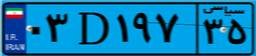
۴۲D۰۸۴۲۰